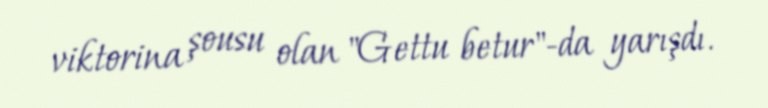
viktorina şousu olan "Gettu betur"-da yarışdı.